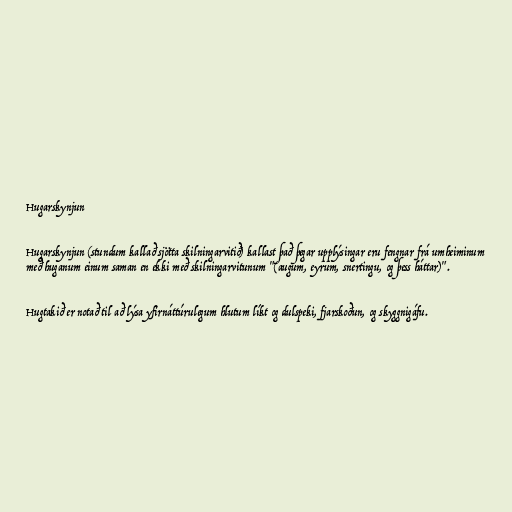
Hugarskynjun

Hugarskynjun (stundum kallað sjötta skilningarvitið) kallast það þegar upplýsingar eru fengnar frá umheiminum
með huganum einum saman en ekki með skilningarvitunum "(augum, eyrum, snertingu, og þess háttar)".

Hugtakið er notað til að lýsa yfirnáttúrulegum hlutum líkt og dulspeki, fjarskoðun, og skyggnigáfu.